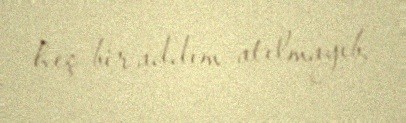
heç bir addım atılmayıb.